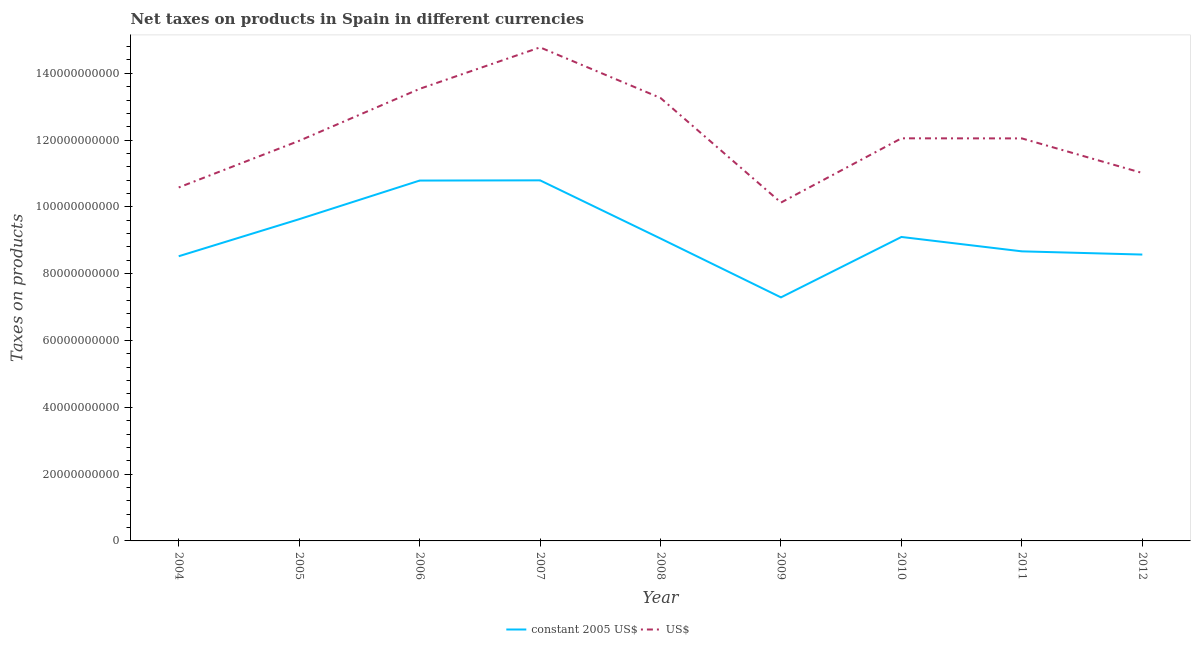
| Year | constant 2005 US$ | US$ |
 | --- | --- | --- |
 | 2004 | 8.52e+10 | 1.06e+11 |
 | 2005 | 9.63e+10 | 1.2e+11 |
 | 2006 | 1.08e+11 | 1.35e+11 |
 | 2007 | 1.08e+11 | 1.48e+11 |
 | 2008 | 9.05e+10 | 1.33e+11 |
 | 2009 | 7.29e+10 | 1.01e+11 |
 | 2010 | 9.1e+10 | 1.21e+11 |
 | 2011 | 8.67e+10 | 1.21e+11 |
 | 2012 | 8.57e+10 | 1.1e+11 |